Vaccination in Bombay 1902-1912 - 1902-1912
Year: 1902
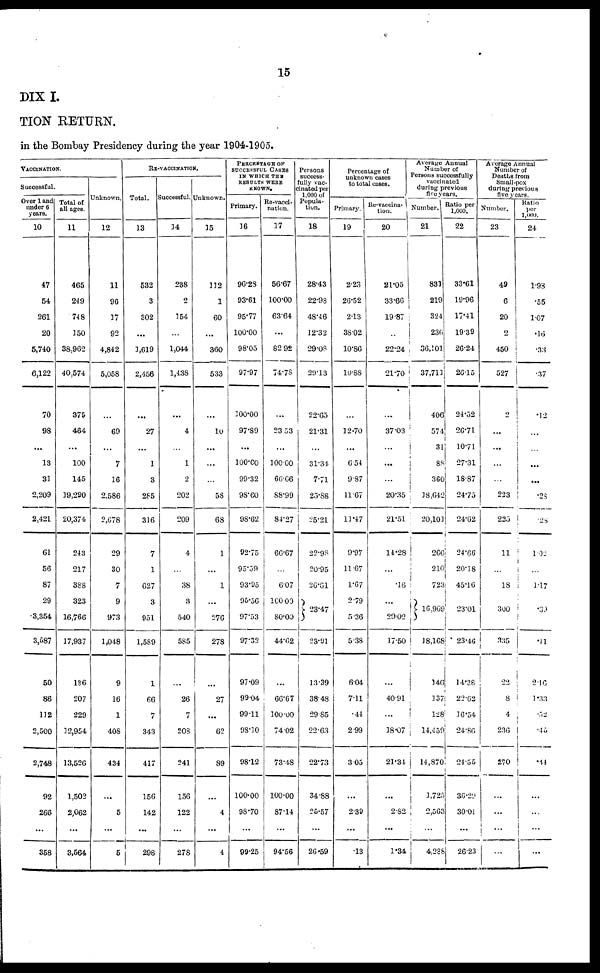
15
DIX I.
TION RETURN.
in the Bombay Presidency during the year 1904-1905.
VACCINATION.
Successful.
Over 1 and
under 6
years.
10
47
54
261
20
5,740
6,122
70
98
...
13
31
2,209
2,421
61
56
87
29
3,354
3,587
50
86
112
2,500
2,748
92
266
...
358
Total of
all ages.
11
465
249
748
150
38,962
40,574
375
464
...
100
145
19,290
20,374
243
217
388
323
16,766
17,937
136
207
229
12,954
13,526
1,502
2,062
...
3,564
Unknown.
12
11
96
17
92
4,842
5,058
...
69
...
7
16
2,586
2,C78
29
30
7
9
973
1,048
9
16
1
408
434
...
5
...
5
RE-VACCINATION.
Total.
13
532
3
302
...
1,619
2,456
...
27
...
1
3
265
316
7
1
627
3
951
1,589
1
66
7
343
417
156
142
...
298
Successful.
14
238
2
154
...
1,044
1,438
...
4
...
1
2
202
209
4
...
38
3
540
585
...
26
7
203
241
156
122
...
278
Unknown.
15
112
1
60
...
360
533
...
10
...
...
...
58
68
1
...
1
...
.276
278
...
27
...
62
89
...
4
...
4
PERCENTAGE OF
SUCCESSFUL CASES
IN WHICH THE
RESULTS WERE
KNOWN.
Primary.
16
96.28
93.61
95.77
100.00
98.05
97.97
100.00
97.89
...
100.00
99.32
98.60
98.62
92.75
95.59
93.95
95.56
97.53
97.32
97.09
99.04
99.11
98.10
98.12
100.00
98.70
...
99.25
Re-vacci-
nation.
17
56.67
100.00
63.64
...
82.92
74.78
...
23.53
...
100.00
66.66
88.99
84.27
66.67
...
6.07
100.00
80.00
44.62
...
66.67
100.00
74.02
73.48
100.00
87.14
...
94.56
Persons
success-
fully vac¬
cinated per
1,000 of
Popula-
tion.
18
28.43
22.98
48.46
12.32
29.08
29.13
22.65
21.31
...
31.34
7.71
25.88
25.21
22.98
20.95
26.61
23.47
23.91
13.39
38.48
29.65
22.63
22.73
34.88
25.57
...
26.59
Percentage of
unknown cases
to total cases.
Primary.
19
2.23
26.52
2.13
38.02
10.86
10.88
...
12.70
...
6.54
9.87
11.67
11.47
9.97
11.67
1.67
2.79
5.36
5.38
6.04
7.11
.44
2.99
3.05
...
2.39
...
.13
Re-vaccina¬
tion.
20
21.05
33.66
19.87
...
22.24
21.70
...
37.03
...
...
...
20.35
21.51
14.28
...
.16
...
29.02
17.50
...
40.91
...
18.07
21.34
...
2.82
...
1.34
Average Annual
Number of
Persons successfully
vaccinated
during previous
five years.
Number.
21
831
219
324
236
36,101
37,711
406
574
31
88
360
18,642
20,101
266
210
723
16,969
18,168
146
137
128
14,459
14,870
1,725
2,563
...
4,288
Ratio per
1,000.
22
33.61
19.96
17.41
19.39
26.24
26.15
24.52
26.71
10.71
27.31
18.87
24.75
24.62
24.66
20.18
45.16
23.01
23.46
14.38
22.62
16.54
24.86
24.55
36.29
30.01
...
26.23
Average Annual
Number of
Deaths from
Small-pox
during previous
five years.
Number.
23
49
6
20
2
450
527
2
...
...
...
...
223
225
11
...
18
300
335
22
8
4
236
270
...
...
...
...
Ratio
per
1,000.
24
1.98
.55
1.07
.16
.33
.37
.12
.12
...
...
...
.28
.28
1.02
...
1.17
.39
. 11
2.16
1.33
.52
.45
.44
...
...
...